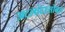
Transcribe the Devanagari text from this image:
अटलांटासोबत